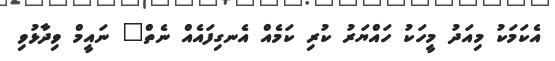
އެކަމަކު މިއަދު މީހަކު ހައްޔަރު ކުރި ކަމެއް އެނގިފައެއް ނެތް" ނައީމް ވިދާޅުވި